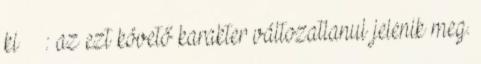
ki : az ezt követő karakter változatlanul jelenik meg.